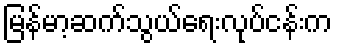
မြန်မာ့ဆက်သွယ်ရေးလုပ်ငန်းက